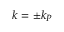
k = \pm k _ { P }